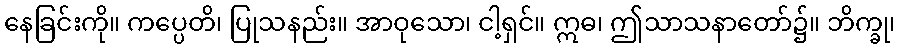
နေခြင်းကို။ ကပ္ပေတိ၊ ပြုသနည်း။ အာဝုသော၊ ငါ့ရှင်။ ဣဓ၊ ဤသာသနာတော်၌။ ဘိက္ခု၊